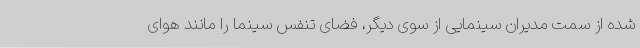
شده از سمت مدیران سینمایی از سوی دیگر، فضای تنفس سینما را مانند هوای